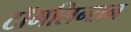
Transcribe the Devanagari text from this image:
टॉमलिन्सन